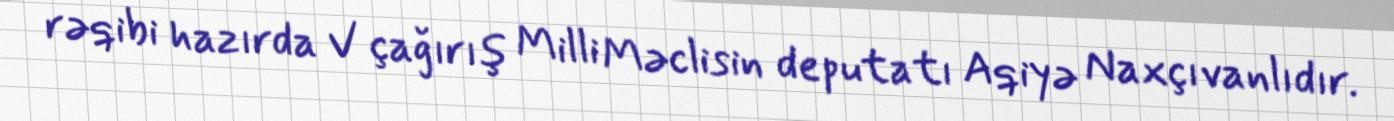
rəqibi hazırda V çağırış Milli Məclisin deputatı Aqiyə Naxçıvanlıdır.